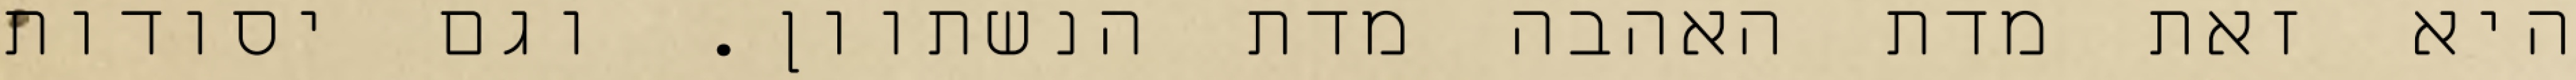
היא זאת מדת האהבה מדת הנשתוון. וגם יסודות